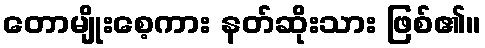
တောမျိုးစေ့ကား နတ်ဆိုးသား ဖြစ်၏။